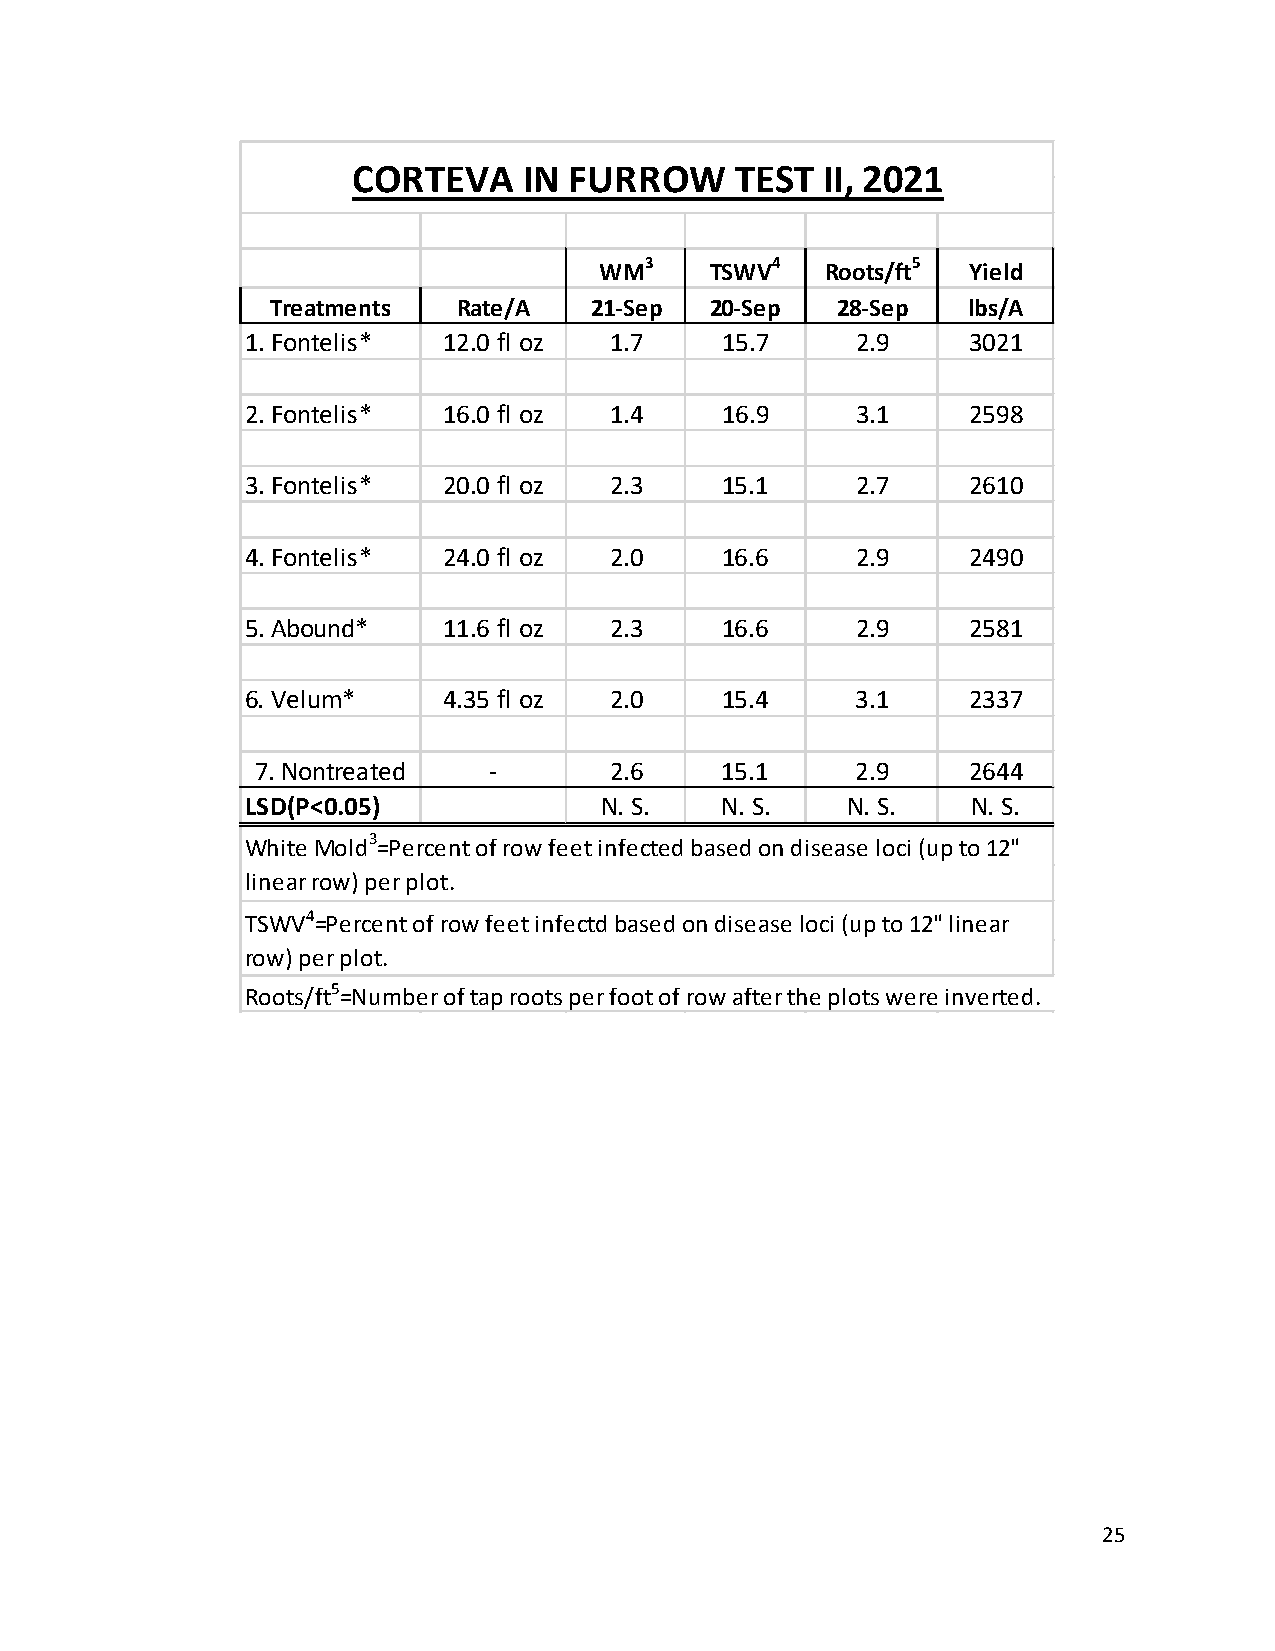
CORTEVA     IN FURROW     TEST  II, 2021
 3       4        5
 WM     TSWV    Roots/ft Yield
 Treatments  Rate/A   21-Sep  20-Sep  28-Sep   lbs/A
 1. Fontelis* 12.0 fl oz 1.7     15.7     2.9    3021
 2. Fontelis* 16.0 fl oz 1.4     16.9     3.1    2598
 3. Fontelis* 20.0 fl oz 2.3     15.1     2.7    2610
 4. Fontelis* 24.0 fl oz 2.0     16.6     2.9    2490
 5. Abound*   11.6 fl oz 2.3     16.6     2.9    2581
 6. Velum*    4.35 fl oz 2.0     15.4     3.1    2337
 7. Nontreated  -       2.6     15.1     2.9    2644
 LSD(P<0.05)             N. S.   N. S.   N. S.   N. S.
 White Mold3=Percent of row feet infected based on disease loci (up to 12"
 linear row) per plot.
 TSWV4=Percent of row feet infectd based on disease loci (up to 12" linear
 row) per plot.
 Roots/ft5=Number of tap roots per foot of row after the plots were inverted.
 25